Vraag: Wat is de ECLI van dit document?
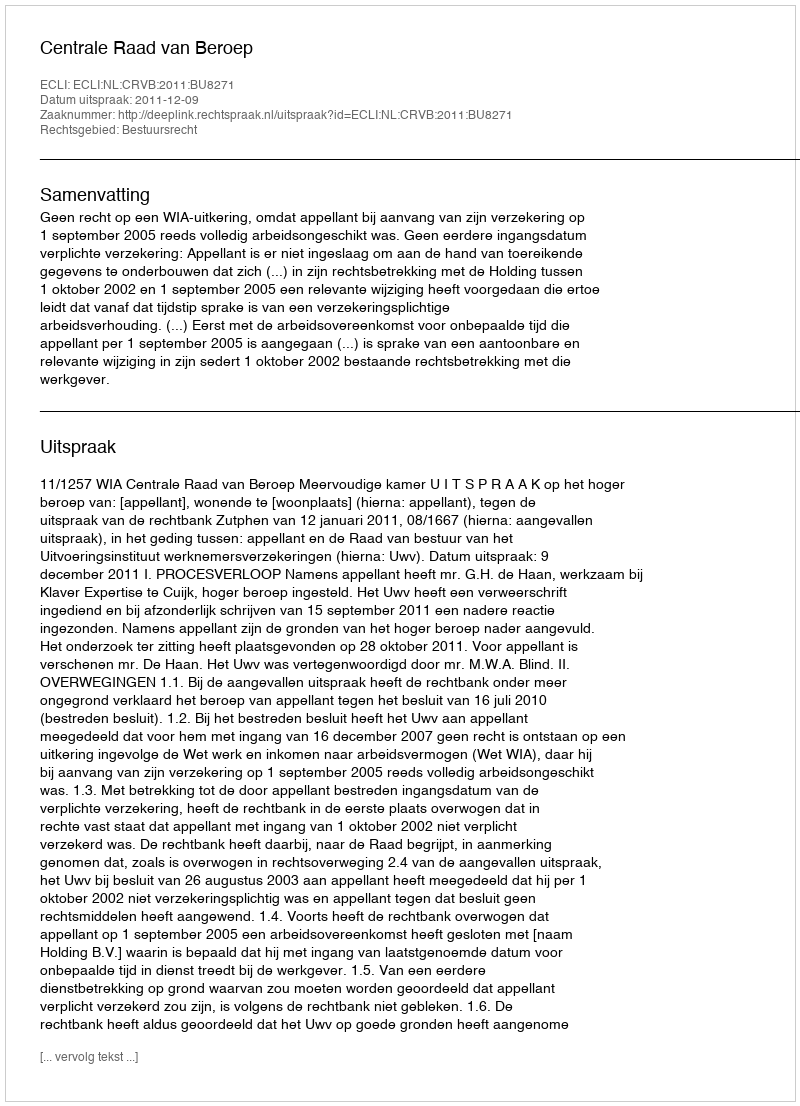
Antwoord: ECLI:NL:CRVB:2011:BU8271